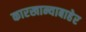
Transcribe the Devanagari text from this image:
कारखान्याबाहेर